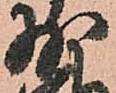
少